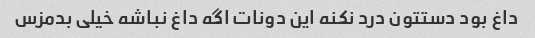
داغ بود دستتون درد نکنه این دونات اگه داغ نباشه خیلی بدمزس